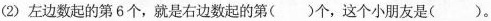
(2)左边数起的第6个，就是右边数起的第( )个，这个小朋友是( )。